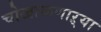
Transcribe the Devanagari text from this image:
चोखाळणाऱ्या